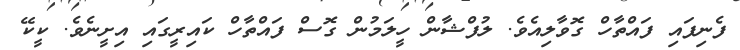
ފެނިފައި ފައްތާހް ގޮވާލިއެވެ. ލުފްޝާން ހީލަމުން ގޮސް ފައްތާހް ކައިރީގައި އިށީނެވެ. ކީކޭ